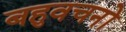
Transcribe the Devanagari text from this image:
बहुवचनों